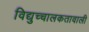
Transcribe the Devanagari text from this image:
विद्युच्चालकतावाली